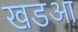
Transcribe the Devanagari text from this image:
खडआ